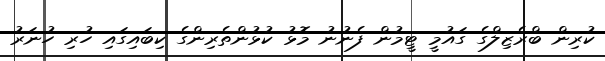
ކުރިން ބްރެޒިލްގެ ގައުމީ ޓީމުން ފެނުނު މޮޅު ކުޅުންތެރިންގެ ކިބައިގައި ހުރި ހުނަރު